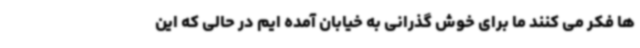
ها فکر می کنند ما برای خوش گذرانی به خیابان آمده ایم در حالی که این